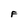
Character: F